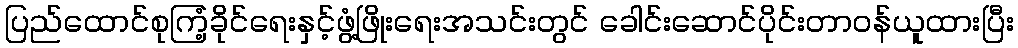
ပြည်ထောင်စုကြံ့ခိုင်ရေးနှင့်ဖွံ့ဖြိုးရေးအသင်းတွင် ခေါင်းဆောင်ပိုင်းတာဝန်ယူထားပြီး